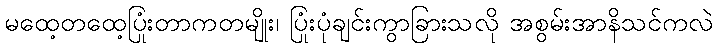
မထေ့တထေ့ပြုံးတာကတမျိုး၊ ပြုံးပုံချင်းကွာခြားသလို အစွမ်းအာနိသင်ကလဲ